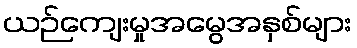
ယဉ်ကျေးမှုအမွေအနှစ်များ